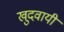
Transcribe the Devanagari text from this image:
खुदवायीं